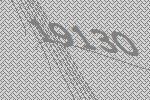
19130